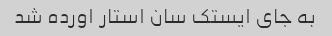
به جای ایستک سان استار اورده شد